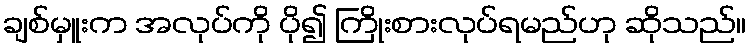
ချစ်မှူးက အလုပ်ကို ပို၍ ကြိုးစားလုပ်ရမည်ဟု ဆိုသည်။